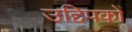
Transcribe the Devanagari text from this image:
उद्दिपकों